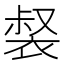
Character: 裻